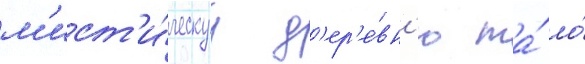
м'ист'и́ческуу д'ер'е́вн'ю та́ ло́